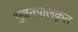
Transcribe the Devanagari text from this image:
भुवनपालकृत